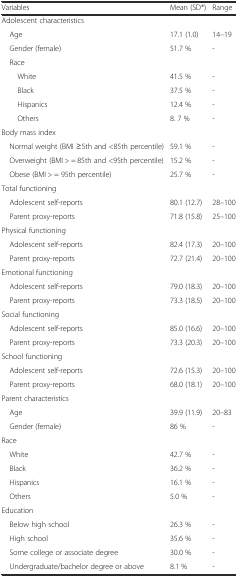
| Variables | Mean (SD*) | Range |
 | --- | --- | --- |
 | Adolescent characteristics |  |  |
 | Age | 17.1 (1.0) | 14–19 |
 | Gender (female) | 51.7 % | - |
 | Race |  |  |
 | White | 41.5 % | - |
 | Black | 37.5 % | - |
 | Hispanics | 12.4 % | - |
 | Others | 8. 7 % | - |
 | Body mass index |  |  |
 | Normal weight (BMI ≥5th and <85th percentile) | 59.1 % | - |
 | Overweight (BMI > = 85th and <95th percentile) | 15.2 % | - |
 | Obese (BMI > = 95th percentile) | 25.7 % | - |
 | Total functioning |  |  |
 | Adolescent self-reports | 80.1 (12.7) | 28–100 |
 | Parent proxy-reports | 71.8 (15.8) | 25–100 |
 | Physical functioning |  |  |
 | Adolescent self-reports | 82.4 (17.3) | 20–100 |
 | Parent proxy-reports | 72.7 (21.4) | 20–100 |
 | Emotional functioning |  |  |
 | Adolescent self-reports | 79.0 (18.3) | 20–100 |
 | Parent proxy-reports | 73.3 (18.5) | 20–100 |
 | Social functioning |  |  |
 | Adolescent self-reports | 85.0 (16.6) | 20–100 |
 | Parent proxy-reports | 73.3 (20.3) | 20–100 |
 | School functioning |  |  |
 | Adolescent self-reports | 72.6 (15.3) | 20–100 |
 | Parent proxy-reports | 68.0 (18.1) | 20–100 |
 | Parent characteristics |  |  |
 | Age | 39.9 (11.9) | 20–83 |
 | Gender (female) | 86 % | - |
 | Race |  |  |
 | White | 42.7 % | - |
 | Black | 36.2 % | - |
 | Hispanics | 16.1 % | - |
 | Others | 5.0 % | - |
 | Education |  |  |
 | Below high school | 26.3 % | - |
 | High school | 35.6 % | - |
 | Some college or associate degree | 30.0 % | - |
 | Undergraduate/bachelor degree or above | 8.1 % | - |